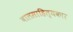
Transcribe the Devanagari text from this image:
बालसाहित्‍यकार